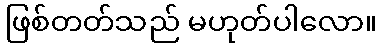
ဖြစ်တတ်သည် မဟုတ်ပါလော။